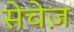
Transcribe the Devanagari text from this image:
सेचेज़